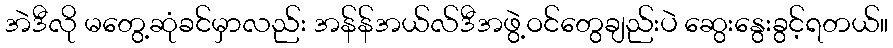
အဲဒီလို မတွေ့ဆုံခင်မှာလည်း အန်န်အယ်လ်ဒီအဖွဲ့ဝင်တွေချည်းပဲ ဆွေးနွေးခွင့်ရတယ်။